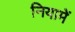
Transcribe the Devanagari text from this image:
नियामें